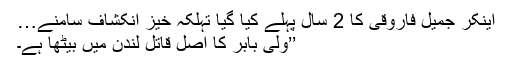
اینکر جمیل فاروقی کا 2 سال پہلے کیا گیا تہلکہ خیز انکشاف سامنے…
’’ولی بابر کا اصل قاتل لندن میں بیٹھا ہے۔